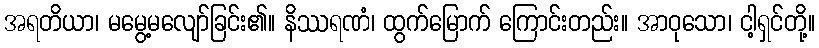
အရတိယာ၊ မမွေ့မလျော်ခြင်း၏။ နိဿရဏံ၊ ထွက်မြောက် ကြောင်းတည်း။ အာဝုသော၊ ငါ့ရှင်တို့။